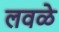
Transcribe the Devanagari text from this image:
लवळे